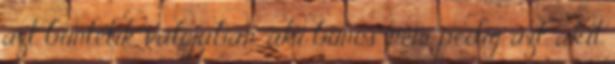
azt büntetik valójában, aki bűnös, nem pedig azt, akit